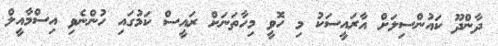
ދާންދޫ ކައުންސިލަށް އާރައީސަކު މި ހޮވީ މިހާތަނަށް ރައީސް ކަމުގައި ހުންނެވި އިސްމާއީލް